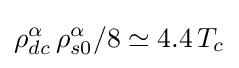
\rho _{dc}^{\alpha }\,\rho _{s0}^{\alpha }/8\simeq 4.4\,T_{c}